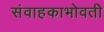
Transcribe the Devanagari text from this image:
संवाहकाभोवती